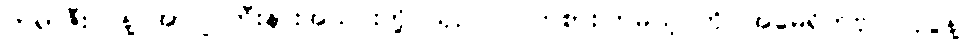
ဘရာဇီးလ်နဲ့ အာဂျင်တီးနားအသင်းတို့ ယှဉ်ပြိုင် ကစားကြမယ့် ကိုပါအမေရိကဗိုလ်လုပွဲနဲ့